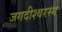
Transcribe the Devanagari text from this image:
जगदीश्वरस्य